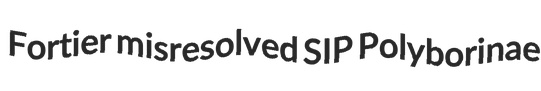
Fortier misresolved SIP Polyborinae